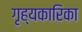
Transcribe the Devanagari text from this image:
गृह्यकारिका